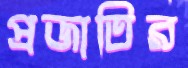
প্রজাতির